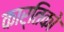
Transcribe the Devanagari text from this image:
कार्तिको